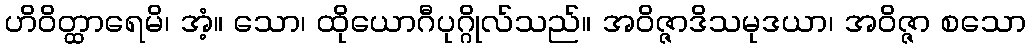
ဟိဝိတ္ထာရေမိ၊ အံ့။ သော၊ ထိုယောဂီပုဂ္ဂိုလ်သည်။ အဝိဇ္ဇာဒိသမုဒယာ၊ အဝိဇ္ဇာ စသော